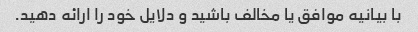
با بیانیه موافق یا مخالف باشید و دلایل خود را ارائه دهید.